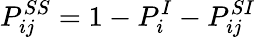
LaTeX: P_{ij}^{SS}=1-P_{i}^{I}-P_{ij}^{SI}